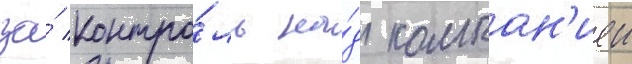
за́ контро́ль на́д компан'иеи